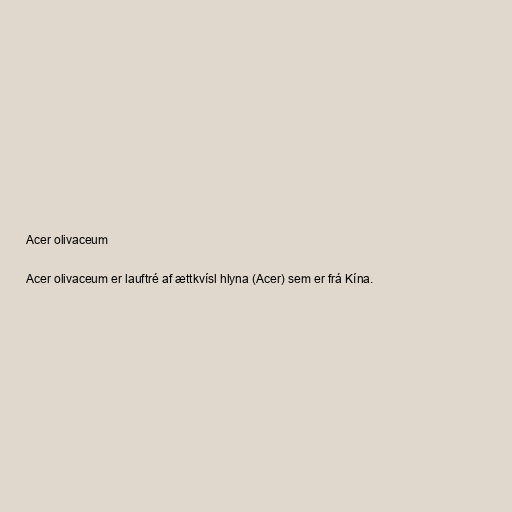
Acer olivaceum

Acer olivaceum er lauftré af ættkvísl hlyna (Acer) sem er frá Kína.